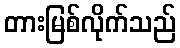
တားမြစ်လိုက်သည်